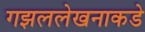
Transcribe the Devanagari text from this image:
गझललेखनाकडे